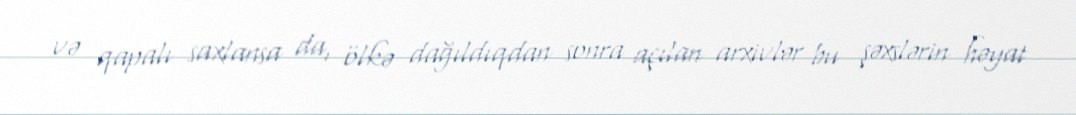
və qapalı saxlansa da, ölkə dağıldıqdan sonra açılan arxivlər bu şəxslərin həyat